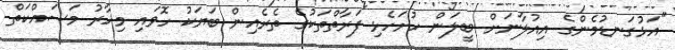
"އަޅުގަނޑުމެންގެ އިއުލާނަށް ބީލަން ހުށަހެޅި ފަރާތްތަކުގެ ތެރެއިން ބަޔަކު ހޮވައި މިހާރު މަސައްކަތް